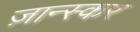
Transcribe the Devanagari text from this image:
ज़ान्स्कर